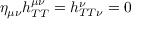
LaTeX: \eta _ { \mu \nu } h _ { T T } ^ { \mu \nu } = h _ { T T \nu } ^ { \nu } = 0